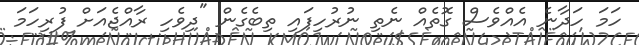
ހަމަ ހަދާނެ އެއްވެސް ގޮތެއް ނެތި ނުރުހިފައި ތިބެގެން "ދިވެހި ރާއްޖެއަށް ފުރިހަމަ